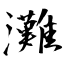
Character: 灘